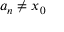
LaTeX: a _ { n } \neq x _ { 0 }